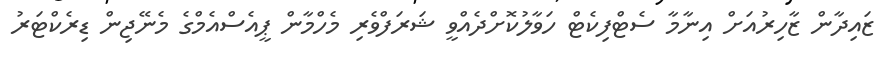
ޒައިދާން ޒާހިރުއަށް އިނާމާ ސެޓްފިކެޓް ހަވާލުކޮށްދެއްވީ ޝަރަފްވެރި މެހްމާން ޕީއެސްއެމްގެ މެނޭޖިން ޑިރެކްޓަރު